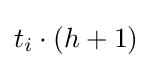
t_{i}\cdot (h+1)